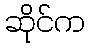
ဆိုင်က